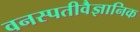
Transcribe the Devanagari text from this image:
वनस्पतीवैज्ञानिक